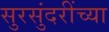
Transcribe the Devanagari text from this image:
सुरसुंदरींच्या